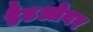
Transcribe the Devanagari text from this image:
हैंडओवर